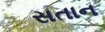
સતાન